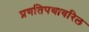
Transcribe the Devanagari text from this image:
प्रगतिपथावरिल